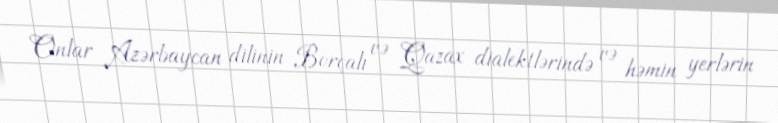
Onlar Azərbaycan dilinin Borçalı və Qazax dialektlərində və həmin yerlərin